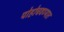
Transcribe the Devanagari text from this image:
पोहोचवण्यात